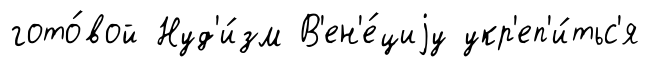
гото́вой Нуд'и́зм В'ен'е́циjу укр'еп'и́тьс'я